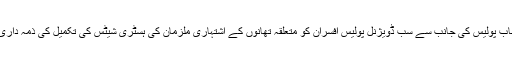
22 جون2018ء) پنجاب پولیس کی جانب سے سب ڈویژنل پولیس افسران کو متعلقہ تھانوں کے اشتہاری ملزمان کی ہسٹری شیٹس کی تکمیل کی ذمہ داری سونپ د ی گئی ہے ۔